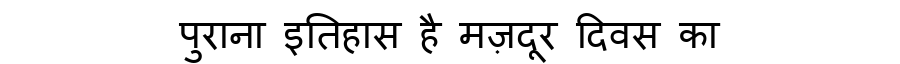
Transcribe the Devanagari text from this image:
पुराना इतिहास है मज़दूर दिवस का